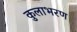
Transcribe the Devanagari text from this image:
कुलाभरण